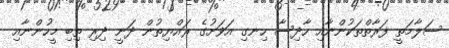
ސަލާމަތީ ފަރާތްތަކުންނާއި ހާދިސާ ހިނގި އަވަށުގެ ރައްޔިތުން ދަނީ ދިރި ތިބި މީހުންނާއި